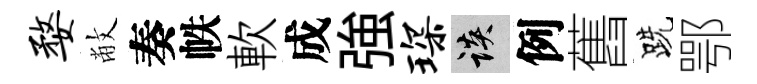
婺敝奏帙軟成強琛談例舊跣鄂